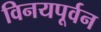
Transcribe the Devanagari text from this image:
विनयपूर्वन